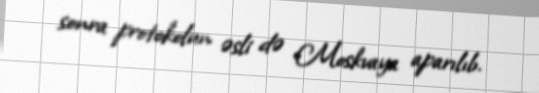
sonra protokolun əsli də Moskvaya aparılıb.